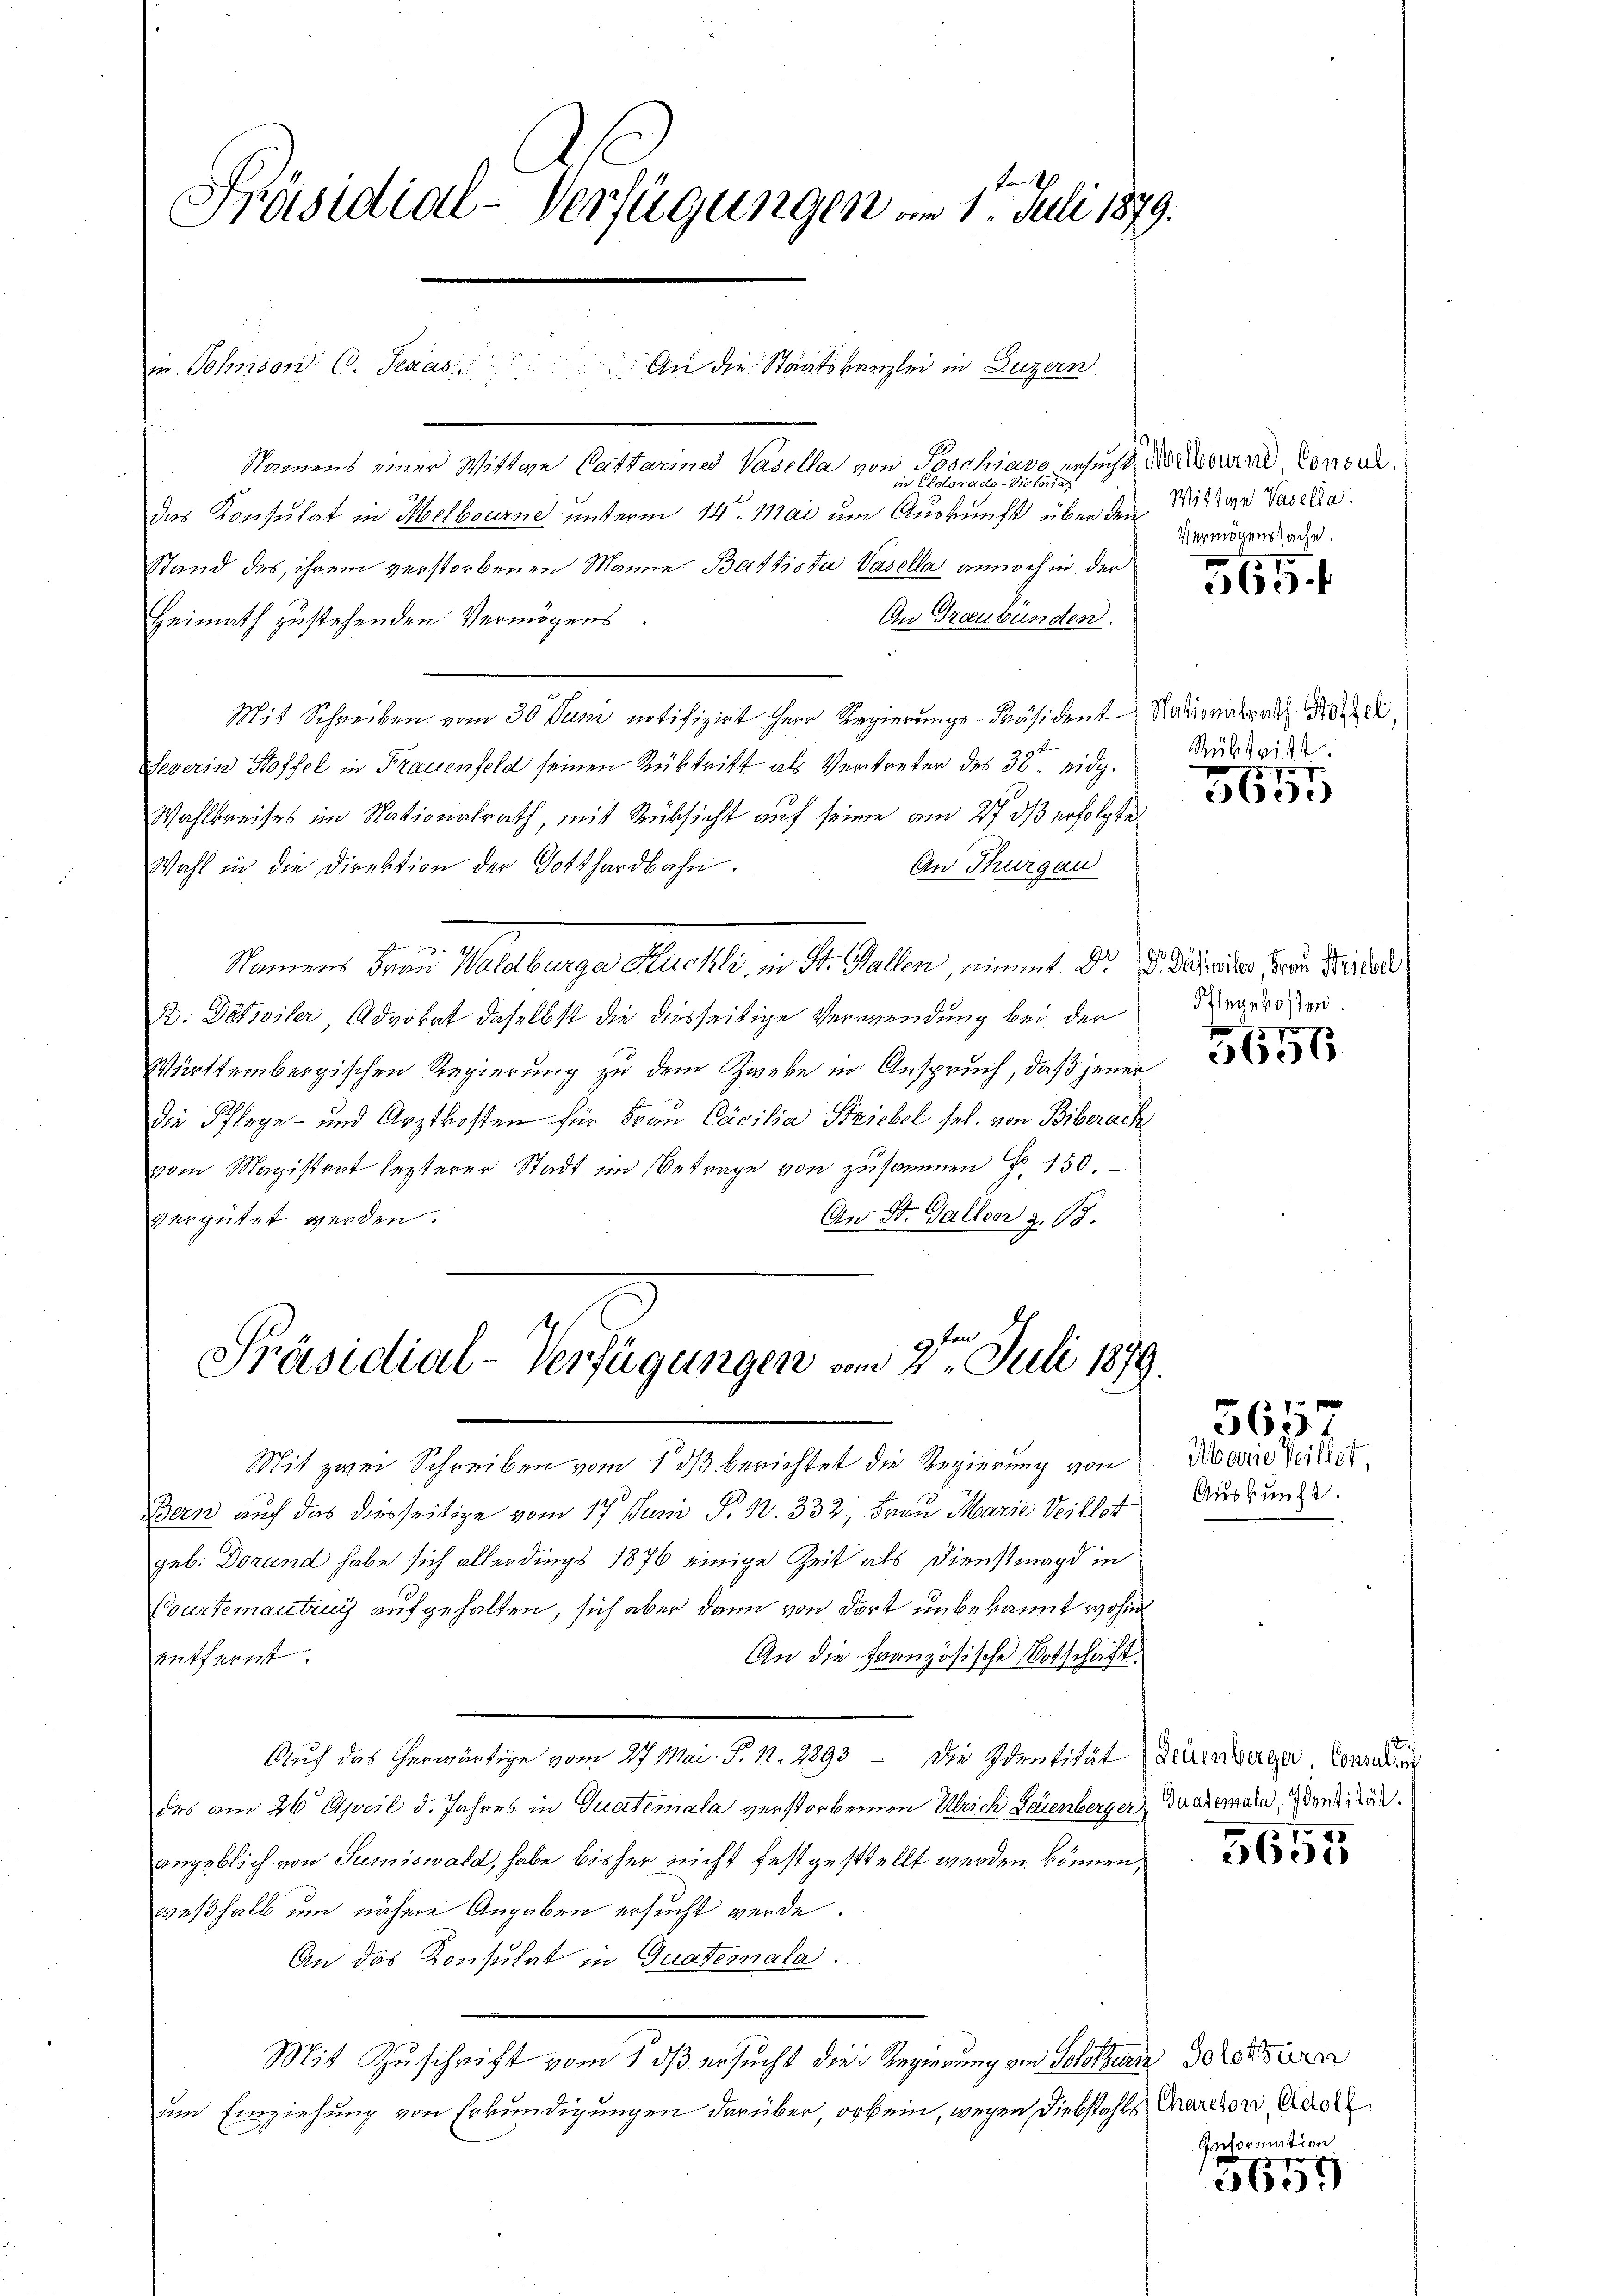
Präsidial-Verfügungen am 1. Juli 1879.

Namens einer Wittwe Cathariner Vasella von Poschiavo ersucht Nierend, Consil.
in Colora der Distoria
das Konsulat in Melbourne unterm 14. Mai um Auskunft über den Mittwe Vasella¬
Stand des ihrem verstorbenen Manne Battista Vasella annoch in der
An Graubünden.
Heimath zustehenden Vermögens
Mit Schreiben vom 30. Juni notifizirt Herr Regierungs-Präsident Nationalrath Hirzel,
Severin Hoffel in Frauenfeld seinen Rüktritt als Vertreter des 38 eidg.
Wahlkreises im Nationalrath, mit Rücksicht auf seinen am 27. ds erfolgte
An Thurgau
Wohl in die Direktion der Gotthardbahn.
len den
Namens Frau Waldburger Kuchli, in St. Gallen, nimmt. Dr.
B. Detailer Advokat daselbst die diesseitige Verwendung bei der
Württembergischen Regierung zu dem Zweke in Anspruch, daß jener
Die Pflege- und Arztkosten für Frau Cocilia Striebel sel. von Biberach
vom Magistrat lezterer Stadt im Betrage von zusammen Fr. 150.
An St. Gallen z. B.
vergütet werden.

un
m. Sohnson C. Jenas

An die Staatskanzlei in Luzern

Präsidial-Verfügungen vom 2ten Juli 1879.

Mit zwei Schreiben vom 1. ds berichtet die Regierung von
Bern auch das diesseitige vom 17. Juni P. 1. 332, Frau Marie Veillst
geb. Dorand habe sich allerdings 1876 einige Zeit als Dienstmagd in
Courtementrug aufgehalten, sich aber dann von dort unbekannt wohin
entfernt.
Auf das herwärtige vom 27. Mai. S. 11. 2893 - Die Identität (Zeuenberger, Conrad
des am 26. April d. Jahres in Quatemala verstorbernen Ulrich Leuenberger
angeblich von Sumiswald, habe bisher nicht festgestellt werden können,
weßhalb um nähere Angaben ersucht werde.
An das Konsulat in Quatermala:
Mit Zuschrift vom 1. dß ersucht die Regierung von Solothurn deresserer
um Einziehung von Erkundigungen darüber, orbein, wegen Diebstahls dareien, Adel

An die Französische Botschaft.

Vermögenssache.

565.

Rübtritt.
751

563.

770.
Dr. Gastwiler, Frau Striebel
Flegekosten

75
3656

565

Marne Teillet,
Auskunft.

Quatemala, Identität.

5655

Reformation

e
5609